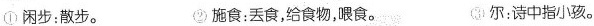
①闲步：散步。②施食：丢食，给食物，喂食。 ③尔：诗中指小孩。